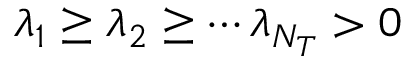
\lambda _ { 1 } \ge \lambda _ { 2 } \ge \cdots \lambda _ { N _ { T } } > 0